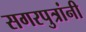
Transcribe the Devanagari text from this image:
सगरपुत्रांनी